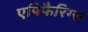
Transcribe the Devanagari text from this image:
एपिफैरिग्स